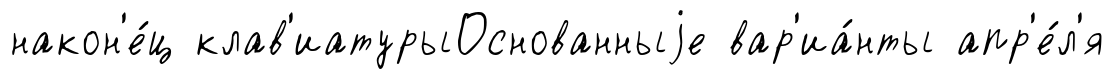
након'е́ц клав'иатурыОснованныjе вар'иа́нты апр'е́л'я